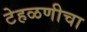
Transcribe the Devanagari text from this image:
टेहळणीचा